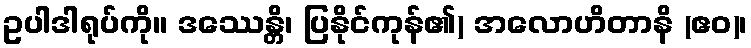
ဥပါဒါရုပ်ကို။ ဒဿေန္တိ၊ ပြနိုင်ကုန်၏) အလောဟိတာနိ (ဧဝ)၊